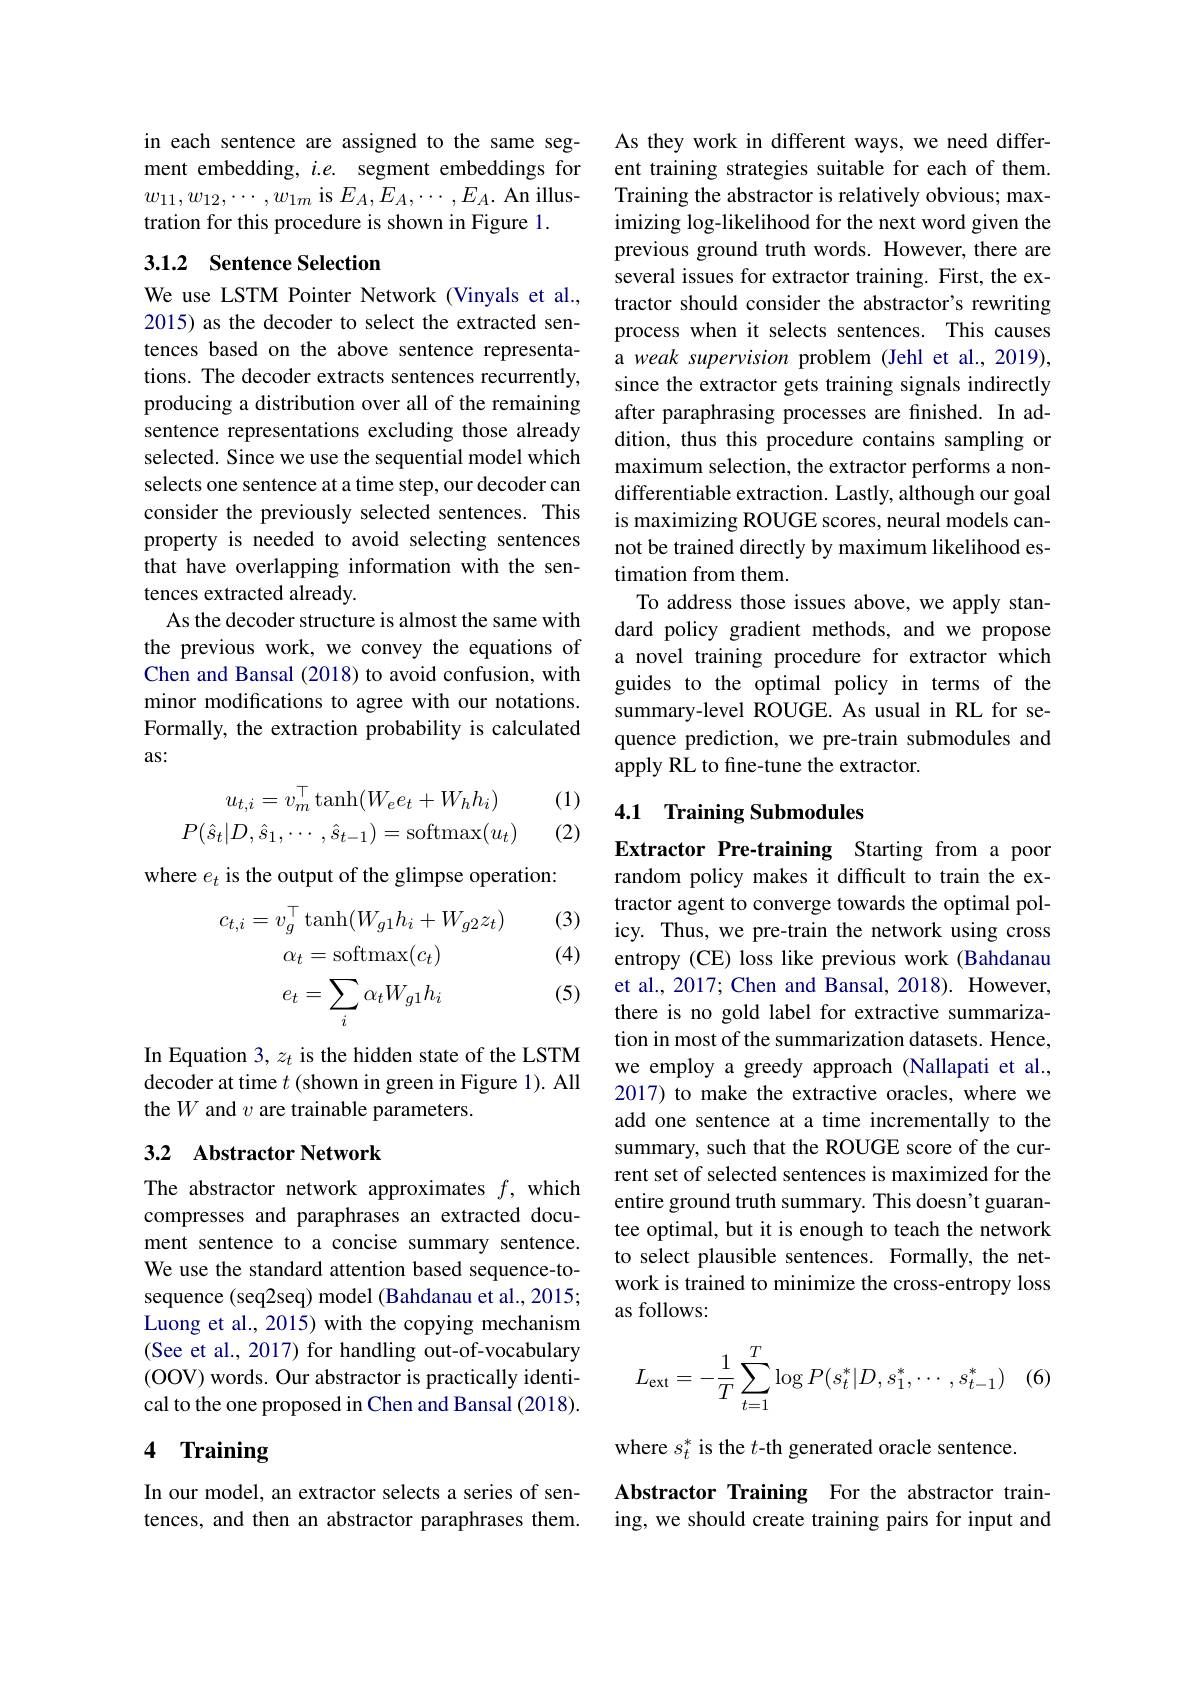
in each sentence are assigned to the same segment embedding, $i. e.$ segment embeddings for $w_{11},w_{12},\cdots,w_{1m}$ is $E_A,E_A,\cdots,E_A.$ An illustration for this procedure is shown in Figure 1.

## 3.1.2 Sentence Selection

We use LSTM Pointer Network (Vinyals et al., 2015) as the decoder to select the extracted sentences based on the above sentence representations. The decoder extracts sentences recurrently, producing a distribution over all of the remaining sentence representations excluding those already selected. Since we use the sequential model which selects one sentence at a time step, our decoder can consider the previously selected sentences. This property is needed to avoid selecting sentences that have overlapping information with the sentences extracted already.
As the decoder structure is almost the same with the previous work, we convey the equations of Chen and Bansal (2018) to avoid confusion, with minor modifications to agree with our notations. Formally, the extraction probability is calculated as:

(1) (2)
$$\begin{aligned}u_{t,i}&=v_m^\top\tanh(W_ee_t+W_hh_i)\\P(\hat{s}_t|D,\hat{s}_1,\cdots,\hat{s}_{t-1})&=\operatorname{softmax}(u_t)\end{aligned}$$
where $e_t$ is the output of the glimpse operation:

(3)

(4)
$$c_{t,i}=v_{g}^{\top}\operatorname{tanh}(W_{g1}h_{i}+W_{g2}z_{t})\\\alpha_{t}=\operatorname{softmax}(c_{t})\\e_{t}=\sum_{i}\alpha_{t}W_{g1}h_{i}$$
(5)

In Equation 3, z is the hidden state of the LSTM decoder at time $t$ (shown in green in Figure 1). All the $W$ and $v$ are trainable parameters.

### 3.2 Abstractor Network

The abstractor network approximates $f$, which compresses and paraphrases an extracted document sentence to a concise summary sentence. We use the standard attention based sequence-tosequence (seq2seq) model (Bahdanau et al., 2015; Luong et al., 2015) with the copying mechanism (See et al., 2017) for handling out-of-vocabulary (OOV) words. Our abstractor is practically identical to the one proposed in Chen and Bansal (2018).

# 4 Training

In our model, an extractor selects a series of sentences, and then an abstractor paraphrases them.

As they work in different ways, we need different training strategies suitable for each of them. Training the abstractor is relatively obvious; maximizing log-likelihood for the next word given the previous ground truth words. However, there are several issues for extractor training. First, the extractor should consider the abstractor's rewriting process when it selects sentences. This causes a weak supervision problem (Jehl et al., 2019), since the extractor gets training signals indirectly after paraphrasing processes are finished. In addition, thus this procedure contains sampling or maximum selection, the extractor performs a nondifferentiable extraction. Lastly, although our goal is maximizing ROUGE scores, neural models cannot be trained directly by maximum likelihood estimation from them.
To address those issues above, we apply standard policy gradient methods, and we propose a novel training procedure for extractor which guides to the optimal policy in terms of the summary-level ROUGE. As usual in RL for sequence prediction, we pre-train submodules and apply RL to fine-tune the extractor.

## 4.1 Training Submodules

Extractor Pre-training Starting from a poor random policy makes it difficult to train the extractor agent to converge towards the optimal policy. Thus, we pre-train the network using cross entropy (CE) loss like previous work (Bahdanau et al., 2017; Chen and Bansal, 2018). However, there is no gold label for extractive summarization in most of the summarization datasets. Hence, we employ a greedy approach (Nallapati et al., 2017) to make the extractive oracles, where we add one sentence at a time incrementally to the summary, such that the ROUGE score of the current set of selected sentences is maximized for the entire ground truth summary. This doesn't guarantee optimal, but it is enough to teach the network to select plausible sentences. Formally, the network is trained to minimize the cross-entropy loss as follows:
$$L_{\text{ext}}=-\dfrac{1}{T}\sum_{t=1}^{T}\log P(s_{t}^{*}|D,s_{1}^{*},\cdots,s_{t-1}^{*})$$
where $s_t^*$ is the $t$-th generated oracle sentence.
Abstractor Training For the abstractor training, we should create training pairs for input and